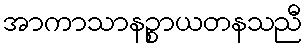
အာကာသာနဉ္စာယတနသညီ